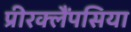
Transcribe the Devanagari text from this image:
प्रीरक्लैंपसिया